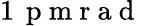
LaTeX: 1\, \mathrm{~p~m~r~a~d~}